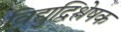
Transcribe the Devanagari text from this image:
विद्युद्विश्लेषक